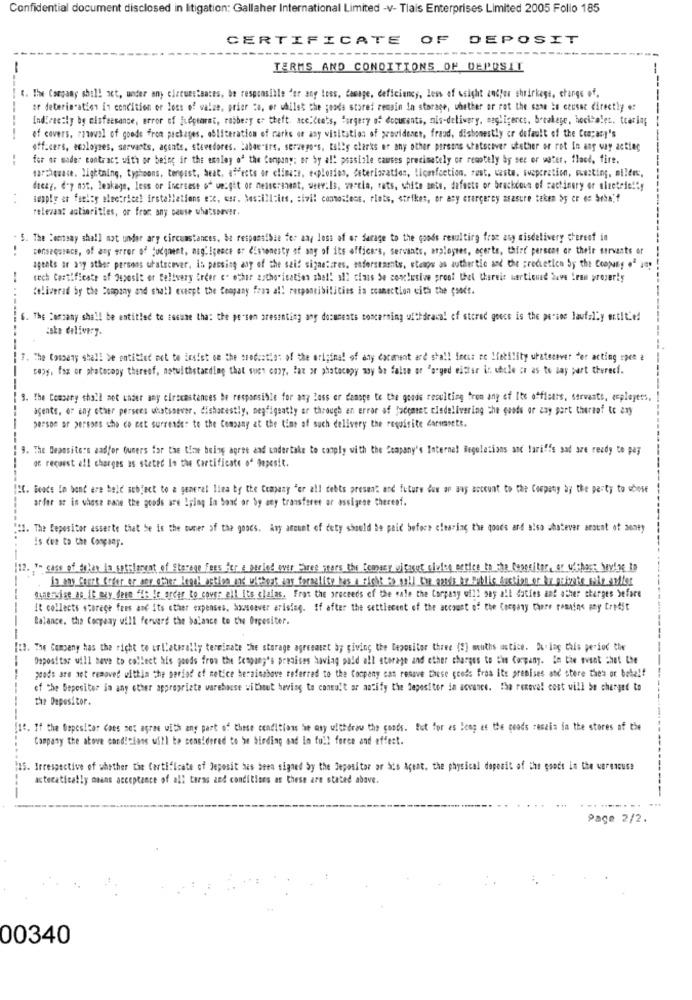
Confidential document disclosed in litigation: Gallaher International Limited -v- Tlais Enterprises Limited 2005 Folio 185
CERTIFICATE OF DEPOSIT
-
TERMS AND CONDITIONS OF DEPOSIT
". The Company shill act, under any ciccuestaaces, be responsible for any loss, damage, deficiency, less of weight andyer shrinkage, change of.
ar deterioration in condition or loss of wales, prior :a, or whilst the goods stored remain In storage, whether or rot the same ie ceussc directly er
indirectly by misfeasance, error of fuepearat, robbery or theft. acc.Cents, forgery of documents, mis-delivery, negligeres. breakege, hockteles, trarlag
of covers, rawal of goods from packages, obliteration of rarks or any visitation of providence, fraud, dishonestly cr default of the Company's
officers, employees, servants, agents, stevedores. Labar"ers. servepo's, tally clarks or any other persons shatocover whether or rot In any way acting
for or mader contract with or being ir the esaley o' the Company: er by a !! possible causes precimately of remotely by see or water, flood, fire.
marchewace. lightning, typhoons, tenpast, beat, effects of climate, explosion, Ceteriaration, licarfection. rest, caste. Fueporation, wasting, silere,
decay. d'y not, leakage, less or Increase of weight or nelseranent, weer:Is, vercia, rats, white ante, dafecte or brachcoun of cactinery or electricity
tenply et farley electricz! installations etc, wer. Mas:ill:ins, sivil contostens, riots, strikes, or any crergerey asasure taken by er es beba'f
relevant astioritles, or from any cause whatsoever.
S. The "omtsay shall not under ary circumstances, be responsible for any loss af or farage to the goods resulting frac asy misdelivery cherest in
..
consequrace, of any error of judgment, mag'Igence or Cshonesty of any of its officers, servants, arplognes, ecerte, third perscan or their servants or
agents ar any other persons whatscover, in passing any of the said sigantires, endorsements, stengs as authertie and the prochetien Sy the Company of imp
tech Certificate of Deposit or Belivery Erder o" other authorisation shel! all timis Se conclusive proof that thereis wrtioned buve Iren property
Soliverad by the Company and shall except the Company from all responsibilities ia commection cith the good !.
6. The Corzany shall be entitled to tosune that the person presenting any documents concerning withdrawal of stored gooce is the pertoe lawfully entit'e!
------
cake delivery.
7. The Company shall be entitled mot to Exsist on the produation of the original of any document ard stall ineut ro lietility uratecever fer acting roen a
caps. fax or photocopy thereof, notwithstanding that such cony, Fax or photocopy my Se false or "arged either in whole or as to say part thereci.
9. The Company shall met under any elrecastances be responsible for any Loss or damage to the goods resulting from any of Its offletts, servants, employers,
agente, or any other persers whatsoever, dishacestly, negfigsathy or through an error of jademet cledelivering the goods or any part thereof to any
---------
person or persons she co eet surrender to the Company at the time of such delivery the requisite darumsets.
9. The Depositors andfor Gumers for the time being agree and undertake to comply with the Company's Internal Regulations and larifis sad are ready to pay
of recuest ell charges as stated In the Certificate of Deposit.
ILC. Goods In bond are bold subject to a general liea by the Company "or all debts present and future duw ap awy account to the Company by the party to whose
arder ar in whose pane the goods are Lying In bond or by any transferet or assigese thereof.
"1. The Depositor asserte that be is the suner of the goods. Any amount of duty should be paid before clearing the goods and also whatever amount of money
Is due to the Congang.
(12. "- case of dolar la sotclacent of Storage Fees for a period over Three years the temasy uj facut clofen petice to sha Ceperitar, or without having to
in any Court Coder or any other legal action and withoat say foraality has a sicht to sell the aands in Public Auction or In private file andliter
Qqaeskise as it mgy deen fft fr order to cover all IEs clains. Fron the proceeds of the cale the Company will say all duties and other charges before
It collects storage fees and its other expenses, Sousoever arising. If after the settlecent of the account of the Company there remains any treest
Balance, the Cocpeny will forward the balance to the Orgesiter.
--
(13. The Company has the right to url'aterally terminate The storage agreeatet by giving the Depositor three (8) mouths astice. During this period the
Depositar will have to collect his goods from the Company's premises having pold all storage and other charges to the Company. In the event that the
goods are set removed within the period of netice berninabove referred to the Company cas resove these goeds froa its premises and store them or betelf
of the Depositer in any other appropriate warehouse without having to consult ar antify the Depositor in acvance. the removal cost will be charged to
the Depositor.
[16. If the Depositar Ches not agree with any part of these conditions he asy withdraw the goods. But for as long as the goods zeszis in the stores of the
Company the above conditions will be considered to be binding and In full force and effect.
15. Irrespective of whether the Certificate of Deposit has been signed by the Depositor or bis Acent. the physical deposit of the goods in the warencuss
astecatically means acceptance of all terms and conditions as these are stated above.
---
Page 2/2.
00340